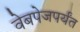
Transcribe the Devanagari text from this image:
वेबपेजपर्यंत